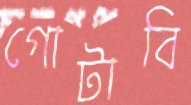
গোটাবি